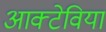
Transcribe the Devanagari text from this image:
आक्टेविया